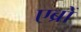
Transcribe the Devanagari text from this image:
एब्रों